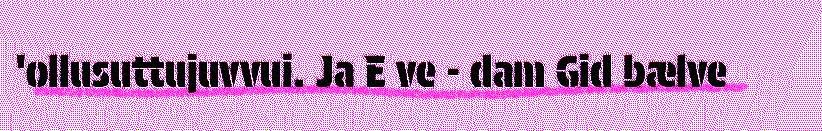
'ollusuttujuvvui. Ja E ve - dam Gid bælve